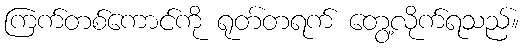
ကြက်တစ်ကောင်ကို ရုတ်တရက် တွေ့လိုက်ရသည်။